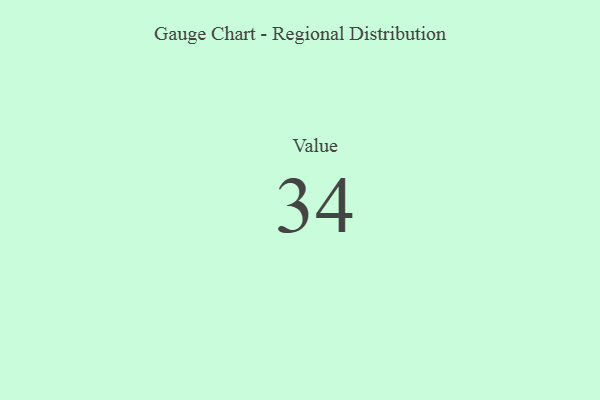
{"axis": {"x": "Metric", "y": "Value"}, "legend": [""], "data": [{"x": "Value", "y": 34, "type": ""}]}